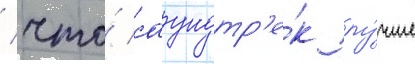
/ что́ саундтр'е́к лу́чше